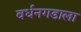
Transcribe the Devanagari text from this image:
वर्धनगडाला